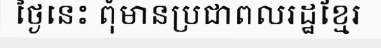
ថ្ងៃនេះ ពុំមានប្រជាពលរដ្ឋខ្មែរ